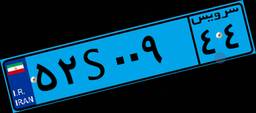
۵۲S۰۰۹۴۴